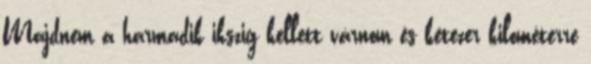
Majdnem a harmadik ikszig kellett várnom és kétezer kilométerre